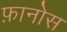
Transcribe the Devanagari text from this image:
फ़ानोस